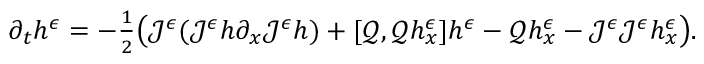
\begin{array} { r } { \partial _ { t } h ^ { \epsilon } = - \frac { 1 } { 2 } \big ( \mathcal { J } ^ { \epsilon } ( \mathcal { J } ^ { \epsilon } h \partial _ { x } \mathcal { J } ^ { \epsilon } h ) + [ \mathscr { Q } , \mathscr { Q } h _ { x } ^ { \epsilon } ] h ^ { \epsilon } - \mathscr { Q } h _ { x } ^ { \epsilon } - \mathcal { J } ^ { \epsilon } \mathcal { J } ^ { \epsilon } h _ { x } ^ { \epsilon } \big ) . } \end{array}